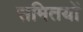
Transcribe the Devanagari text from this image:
समितयों